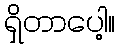
ရှိတာပေါ့။